system: You are a helpful assistant.
user:
Analyze the provided spectrum to determine if it is a **Carbon Star (C-type)**.

- **Key Visual Indicators of Carbon Star:**
    - **(Primary):** Strong molecular absorption from **C₂ (diatomic carbon) "Swan Bands."** This is the **defining feature** of a carbon star.
        - **(Key Bandheads):** Sharp absorption edges are visible at approximately $5635$ Å, $5165$ Å (the strongest band), and $4737$ Å.
        - **(Line Profile):** Creates a distinct **"saw-tooth"** pattern. The key morphology is a sharp, steep bandhead on the **red (long-wavelength) side**, which then gradually tapers off (i.e., flux recovers) towards the **blue (short-wavelength) side**. *(This is the direct opposite of the TiO bands seen in M-type stars)*.

    - **(Secondary):** Intense **CN (cyanogen)** molecular absorption bands.
        - **(Key Bandheads):** Located in the blue and violet regions of the spectrum (e.g., near $4215$ Å and $3883$ Å).
        - **(Morphology):** These bands are extremely broad and act as a "blanket," absorbing the vast majority of blue and violet light. This creates a characteristic **"cliff"** or **"steep drop-off"** in the spectrum's flux at short wavelengths.

    - **(Key Confirmation):** Strong **CH absorption band (G-band)**.
        - **(Key Bandhead):** Located around $4300$ Å. The contribution from CH molecules to this band is exceptionally strong.

    - **(Overall Spectrum):**
        - The continuum is severely "chopped up" by these deep molecular bands, especially C₂, rather than appearing as a smooth curve.
        - Due to the heavy CN and C₂ absorption in the blue-green, the vast majority of the star's flux is concentrated in the red part of the spectrum, giving the star its characteristic deep red color.

Think first, call **spectral_visualization_tool** if needed to examine features in detail, then provide your final answer. Your response must adhere to the following strict rules:
1.  **Overall Structure:** Your response must follow the format `<think>...</think> <tool_call>...</tool_call> (if a tool is used) <answer>...</answer>`.
2.  **Tool Usage Constraint:** You may only make **one** tool call per turn.
3.  **Final Answer Format:** In the `<answer>` tag, your conclusion must be inside a `\boxed{}` command (e.g., `\boxed{YES}`), followed by your justification.

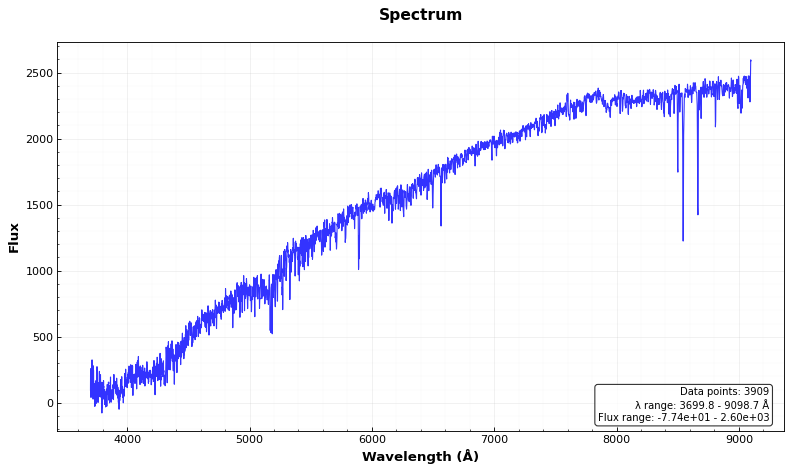
Answer: NO